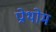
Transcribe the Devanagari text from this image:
प्रोथोम